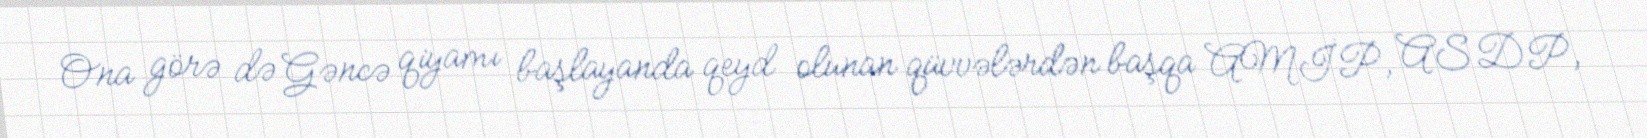
Ona görə də Gəncə qiyamı başlayanda qeyd olunan qüvvələrdən başqa AMİP, ASDP,